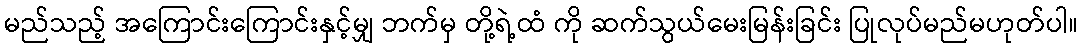
မည်သည့် အကြောင်းကြောင်းနှင့်မျှ ဘက်မှ တို့ရဲ့ထံ ကို ဆက်သွယ်မေးမြန်းခြင်း ပြုလုပ်မည်မဟုတ်ပါ။